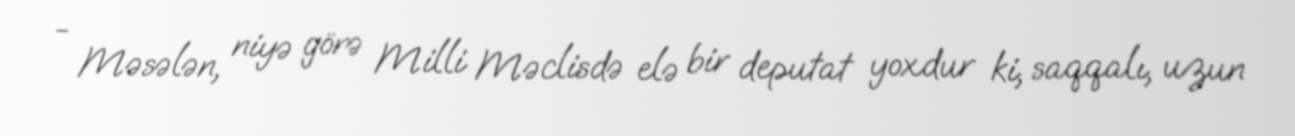
- Məsələn, niyə görə Milli Məclisdə elə bir deputat yoxdur ki, saqqalı, uzun